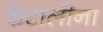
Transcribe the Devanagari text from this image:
कैटालीना